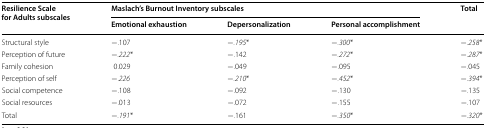
| <ROWSPAN=2> Resilience Scale for Adults subscales | <COLSPAN=3> Maslach’s Burnout Inventory subscales | <ROWSPAN=2> Total |
 | Emotional exhaustion | Depersonalization | Personal accomplishment |
 | --- | --- | --- | --- | --- |
 | Structural style | −.107 | −.195* | −.300* | −.258* |
 | Perception of future | −.222* | −.142 | −.272* | −.287* |
 | Family cohesion | 0.029 | −.049 | −.095 | −.045 |
 | Perception of self | −.226 | −.210* | −.452* | −.394* |
 | Social competence | −.108 | −.092 | −.130 | −.135 |
 | Social resources | −.013 | −.072 | −.155 | −.107 |
 | Total | −.191* | −.161 | −.350* | −.320* |